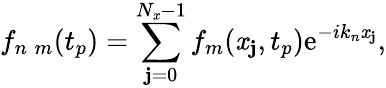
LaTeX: f_{n\; m}(t_{p})=\sum_{\mathbf{j}=0}^{N_{\mathit{x}}-1}f_{m}(\mathit{x}_{\mathbf{j}},t_{p})\mathrm{e}^{-ik_{n}\mathit{x}_{\mathbf{j}}},